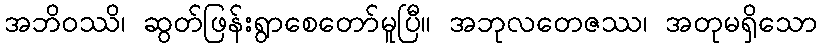
အဘိဝဿိ၊ ဆွတ်ဖြန်းရွာစေတော်မူပြီ။ အဘုလတေဇဿ၊ အတုမရှိသော